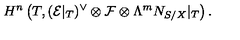
H ^ { n } \left( T , ( { \cal E } | _ { T } ) ^ { \vee } \otimes { \cal F } \otimes \Lambda ^ { m } N _ { S / X } | _ { T } \right) .